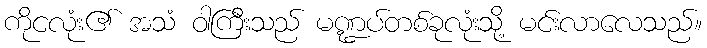
ကိုငလုံး၏ အသံ ဝါကြီးသည် မဏ္ဍပ်တစ်ခုလုံးသို့ မင်းလာလေသည်။